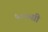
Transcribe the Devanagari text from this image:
५००सी